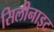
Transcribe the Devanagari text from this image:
सिलीनाइट